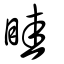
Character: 眭